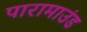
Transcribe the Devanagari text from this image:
पारामाउंड